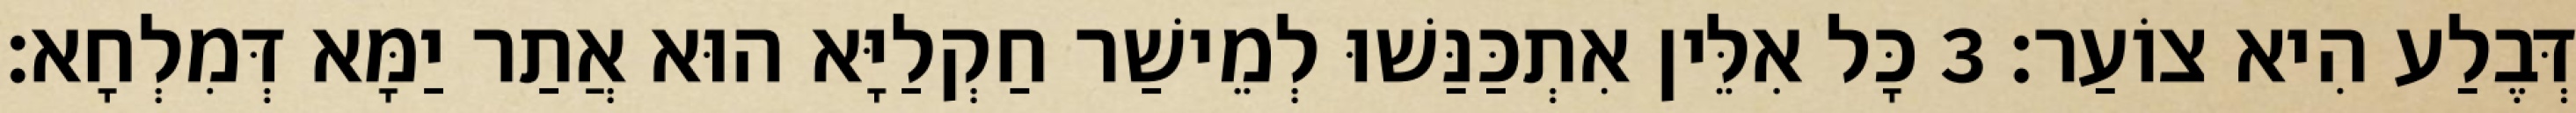
דְּבֶלַע הִיא צוֹעַר׃ 3 כָּל אִלֵּין אִתְכַּנַּשׁוּ לְמֵישַׁר חַקְלַיָּא הוּא אֲתַר יַמָּא דְּמִלְחָא׃